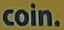
coin.